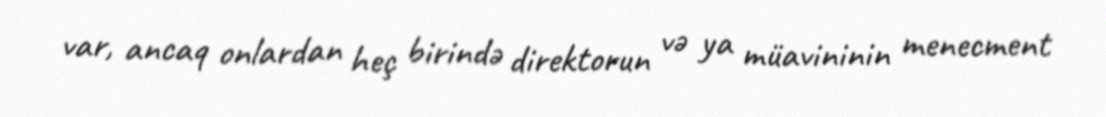
var, ancaq onlardan heç birində direktorun və ya müavininin menecment